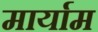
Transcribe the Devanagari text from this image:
मार्याम